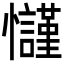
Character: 𢥢